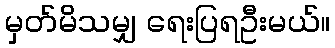
မှတ်မိသမျှ ရေးပြရဦးမယ်။